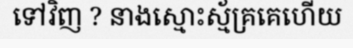
ទៅវិញ ? នាងស្មោះស្ម័គ្រគេហើយ